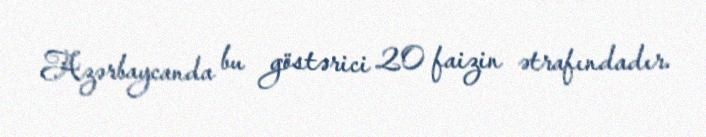
Azərbaycanda bu göstərici 20 faizin ətrafındadır.